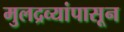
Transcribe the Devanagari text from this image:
मुलद्रव्यांपासून